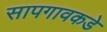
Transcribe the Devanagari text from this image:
सापगावकडे